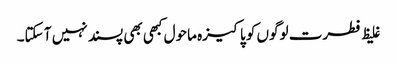
غلیظ فطرت لوگوں کو پاکیزہ ماحول کبھی بھی پسند نہیں آ سکتا۔